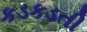
કડકડતી